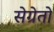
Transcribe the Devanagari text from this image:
सेग्रेतो